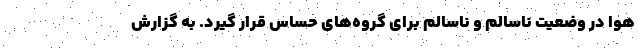
هوا در وضعیت ناسالم و ناسالم برای گروه‌های حساس قرار گیرد. به گزارش